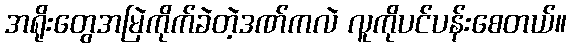
အရိုးတွေအမြဲကိုက်ခဲတဲ့ဒဏ်ကလဲ လူကိုပင်ပန်းစေတယ်။